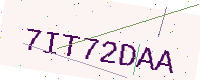
Text: 7IT72DAA